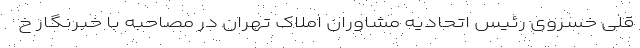
قلی خسروی رئیس اتحادیه مشاوران املاک تهران در مصاحبه با خبرنگار خ